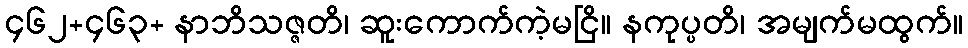
၄၆၂+၄၆၃+ နာဘိသဇ္ဇတိ၊ ဆူးကောက်ကဲ့မငြိ။ နကုပ္ပတိ၊ အမျက်မထွက်။